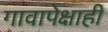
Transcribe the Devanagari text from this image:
गावापेक्षाही